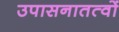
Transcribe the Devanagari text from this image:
उपासनातत्वों